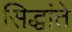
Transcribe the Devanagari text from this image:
सिद्धांते